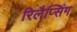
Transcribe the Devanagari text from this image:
रिलैप्सिंग